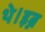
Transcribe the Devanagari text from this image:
थे।इब्न